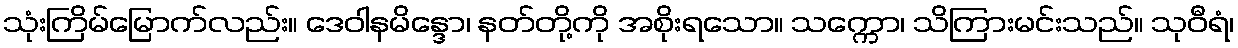
သုံးကြိမ်မြောက်လည်း။ ဒေဝါနမိန္ဒော၊ နတ်တို့ကို အစိုးရသော။ သက္ကော၊ သိကြားမင်းသည်။ သုဝီရံ၊